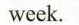
week.